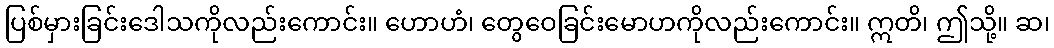
ပြစ်မှားခြင်းဒေါသကိုလည်းကောင်း။ ဟောဟံ၊ တွေဝေခြင်းမောဟကိုလည်းကောင်း။ ဣတိ၊ ဤသို့။ ဆ၊